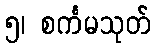
၅၊ စင်္ကမသုတ်